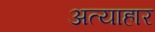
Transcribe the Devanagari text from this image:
अत्याहार